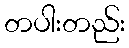
တပါးတည်း